Report on sanitation, dispensaries, and jails in Rajputana for 1909, and on vaccination for the year 1909-1910 - 1909-1910
Year: 1909
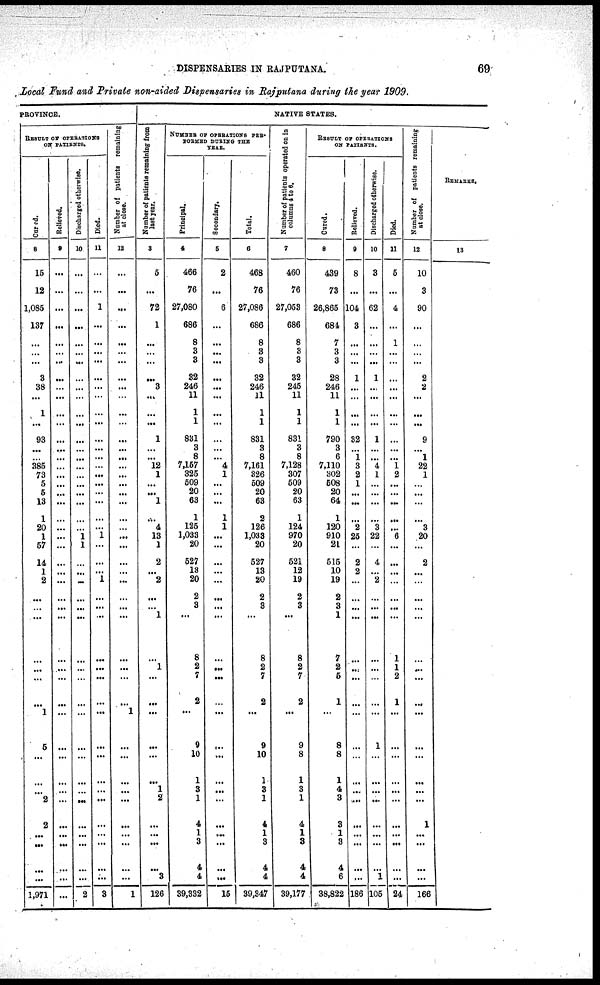
DISPENSARIES IN RAJPUTANA.
69
Local Fund and Private non-aided Dispensaries in Rajputana during the year 1909.
PROVINCE.
RESULT OF OPERATIONS
ON PATIENTS.
Cured.
8
15
12
1,085
137
...
...
...
3
38
...
1
...
93
...
...
385
73
5
5
13
1
20
1
57
14
1
2
...
...
...
...
...
...
...
1
5
...
...
...
2
2
...
...
...
...
1,971
Relieved.
9
...
...
...
...
...
...
...
...
...
...
...
...
...
...
...
...
...
...
...
...
...
...
...
...
...
...
...
...
...
...
...
...
...
...
...
...
...
...
...
...
...
...
...
...
...
...
Discharged otherwise.
10
...
...
...
...
...
...
...
...
...
...
...
...
...
...
...
...
...
...
...
...
...
...
1 1
...
...
...
...
...
...
...
...
...
...
...
...
...
...
...
...
...
...
...
...
...
2
Died.
11
...
...
1
...
...
...
...
...
...
...
...
...
...
...
...
...
...
...
...
...
...
...
1
...
...
...
1
...
...
...
...
...
...
...
...
...
...
...
...
...
...
...
...
...
...
3
Number of patients remaining
at close.
12
...
...
...
...
...
...
...
...
...
...
...
...
...
...
...
...
...
...
...
...
...
...
...
...
...
...
...
...
...
...
...
...
...
...
1
...
...
...
...
...
...
...
...
...
...
1
NATIVE STATES.
Number of patients remaining from
last
year.
3
5
...
72
1
...
...
...
...
3
...
...
...
1
...
...
12
1
...
...
1
...
4
13
1
2
...
2
...
...
1
...
1
...
...
...
...
...
...
1
2
...
...
...
...
3
126
NUMBER OF OPERATIONS PER¬
FORMED DURING THE
YEAR.
Principal.
4
466
76
27,080
686
8
3
3
32
246
11
1
1
831
3
8
7,157
325
509
20
63
1
125
1,033
20
527
13
20
2
3
...
8
2
7
2
...
9
10
...
...
...
...
...
...
...
...
39,332
Secondary.
5
2
...
6
...
...
...
...
...
...
...
...
...
...
...
...
4
1
...
...
...
1
1
...
...
...
...
...
...
...
...
...
...
...
...
...
...
...
...
...
...
...
...
...
...
...
15
Total.
6
468
76
27,086
686
8
3
3
32
246
11
1
1
831
3
8
7,161
326
509
20
63
2
126
1,033
20
527
13
20
2
3
...
8
2
7
2
...
9
10
...
...
...
...
...
...
...
...
39,347
Number
of patients operated
on in
columns
4 to 6.
7
460
76
27,053
686
8
3
3
32
245
11
1
1
831
3
8
7,128
307
509
20
63
1
124
970
20
521
12
19
2
3
...
8
2
7
2
...
9
8
...
...
...
...
...
...
...
...
39,177
RESULT OF OPERATIONS
ON PATIENTS.
Cured.
8
439
73
26,865
684
7
3
3
28
246
11
1
1
790
3
6
7,110
302
508
20
64
1
120
910
21
515
10
19
2
3
1
7
2
5
1
...
8
8
1
4
3
3
1
3
4
6
38,822
Relieved.
9
8
...
104
3
...
...
...
1
...
...
...
...
32
...
1
3
2
1
...
...
...
2
25
...
2
2
...
...
...
...
...
...
...
...
...
...
...
...
...
...
...
...
...
...
...
186
Discharged otherwise.
10
3
...
62
...
...
...
...
1
...
...
...
...
1
...
...
4
1
...
...
...
...
3
22
...
4
...
2
...
...
...
...
...
...
...
...
1
...
...
...
...
...
...
...
...
1
105
Died.
11
5
...
4
...
1
...
...
...
...
...
...
...
...
...
...
1
2
...
...
...
...
...
6
...
...
...
...
...
...
...
1
1
2
1
...
...
...
...
...
...
...
...
...
...
...
24
Number of patients remaining
at close.
12
10
3
90
...
...
...
...
2
2
...
...
...
9
...
1
22
1
...
...
...
...
3
20
...
2
...
...
...
...
...
...
...
...
...
...
...
...
...
...
...
1
...
...
...
...
166
REMARKS.
13